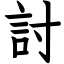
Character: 討